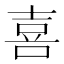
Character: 喜